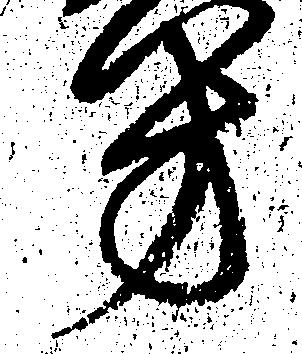
方